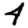
Digit: 4